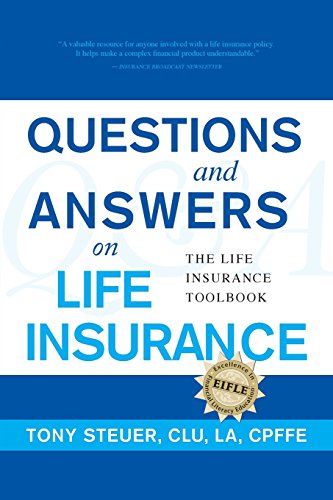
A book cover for Questions and Answers on Life Insurance; Tony Steuer; Business & Money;